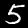
Digit: 5